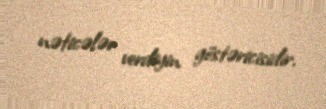
nəticələr verdiyin göstəricisidir.